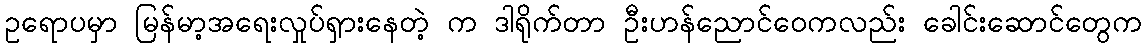
ဥရောပမှာ မြန်မာ့အရေးလှုပ်ရှားနေတဲ့ က ဒါရိုက်တာ ဦးဟန်ညောင်ဝေကလည်း ခေါင်းဆောင်တွေက